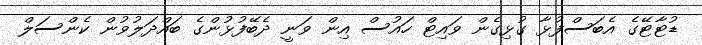
ޑުޓާޓޭގެ އެބަސްފުޅާ ގުޅިގެން ވައިޓް ހައުސް އިން ވަނީ ދެބޭފުޅުންގެ ބައްދަލުވުން ކެންސަލް